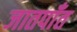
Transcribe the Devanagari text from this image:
जातपाँत